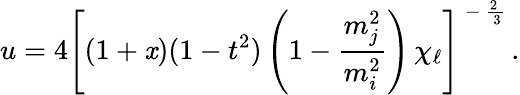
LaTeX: u=4\left[(1+\mathit{x})(1-t^{2})\left(1-{\frac{{m_{j}^{2}}}{{m_{i}^{2}}}}\right)\, \chi_{\ell}\right]^{\mathrm{{\normalsize~-~{\frac{{2~}}{{~3}}}~}}}.